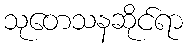
သုတေသနဆိုင်ရာ